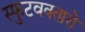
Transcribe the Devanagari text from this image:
स्फुटवक्तारो